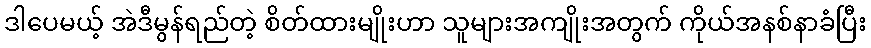
ဒါပေမယ့် အဲဒီမွန်ရည်တဲ့ စိတ်ထားမျိုးဟာ သူများအကျိုးအတွက် ကိုယ်အနစ်နာခံပြီး